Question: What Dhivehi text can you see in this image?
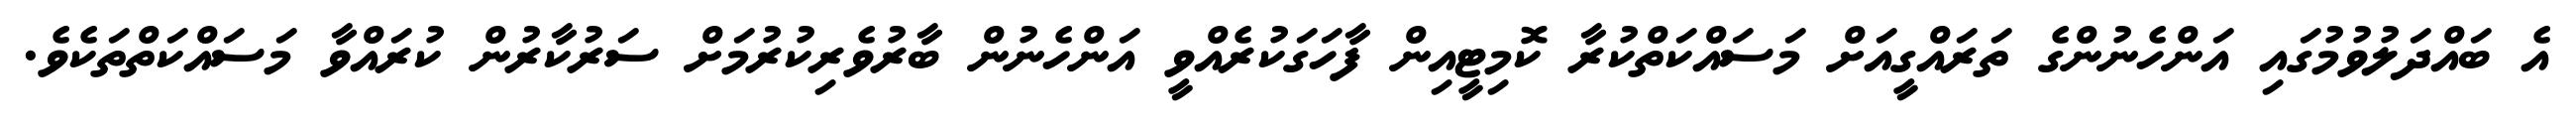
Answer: އެ ބައްދަލުވުމުގައި އަންހެނުންގެ ތަރައްގީއަށް މަސައްކަތްކުރާ ކޮމިޓީއިން ފާހަގަކުރެއްވީ އަންހެނުން ބާރުވެރިކުރުމަށް ސަރުކާރުން ކުރައްވާ މަސައްކަތްތަކެވެ.